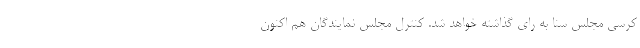
کرسی مجلس سنا به رای گذاشته خواهد شد. کنترل مجلس نمایندگان هم اکنون